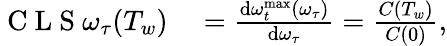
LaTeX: \begin{array}{rl}{\mathrm{~C~L~S~}\omega_{\tau}(T_{w})}&{{}=\frac{\textrm{d}\omega_{t}^{\textrm{max}}(\omega_{\tau})}{\textrm{d}\omega_{\tau}}=\frac{C(T_{w})}{C(0)},}\end{array}